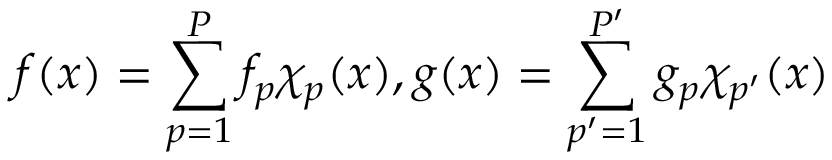
f ( x ) = \sum _ { p = 1 } ^ { P } f _ { p } \chi _ { p } ( x ) , g ( x ) = \sum _ { p ^ { \prime } = 1 } ^ { P ^ { \prime } } g _ { p } \chi _ { p ^ { \prime } } ( x )